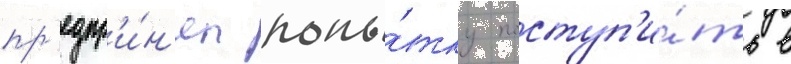
пр'едпр'и́н'ял попы́тку поступ'и́ть в